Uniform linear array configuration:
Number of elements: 48
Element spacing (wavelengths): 1
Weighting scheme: blackman
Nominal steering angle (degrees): -15
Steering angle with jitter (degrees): -14.56
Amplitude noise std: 0.05
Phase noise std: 0.05

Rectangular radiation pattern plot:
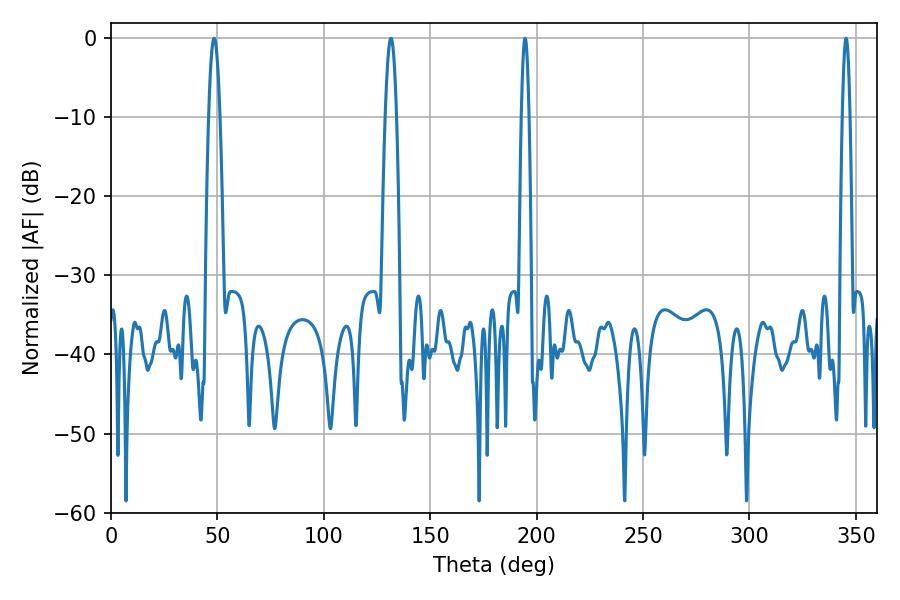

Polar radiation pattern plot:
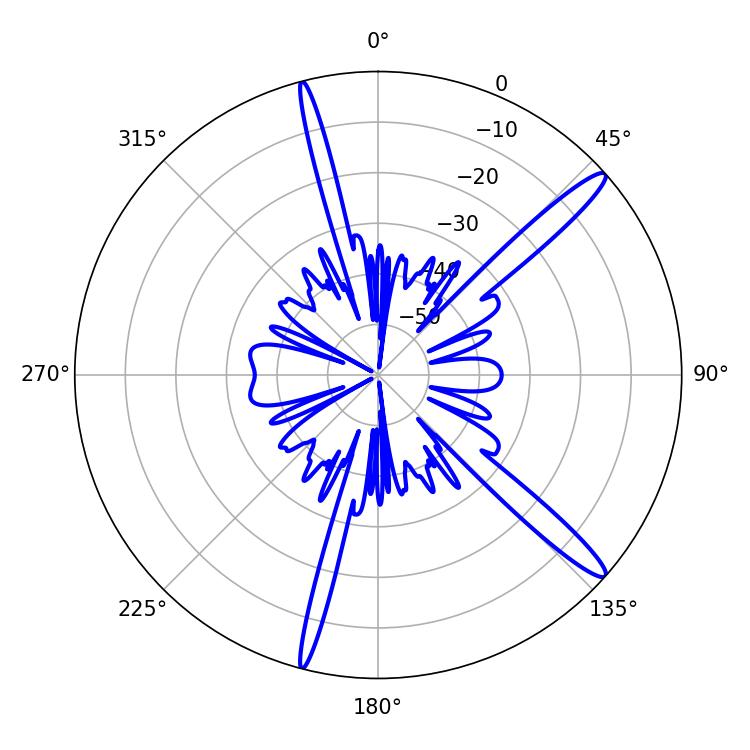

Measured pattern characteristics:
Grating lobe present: TRUE
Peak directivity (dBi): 14.939
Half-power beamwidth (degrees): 1.8
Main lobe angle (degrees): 345.42